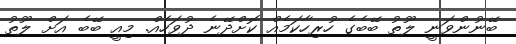
ބޭނުންވަނީ ލޫތު ބޭބެގެ ހުރިހާކަމެއް ކޮށްދޭނެ ދުވަހެއް. މިއީ ބޭބެ އަށް ލޫތު